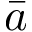
\bar { a }